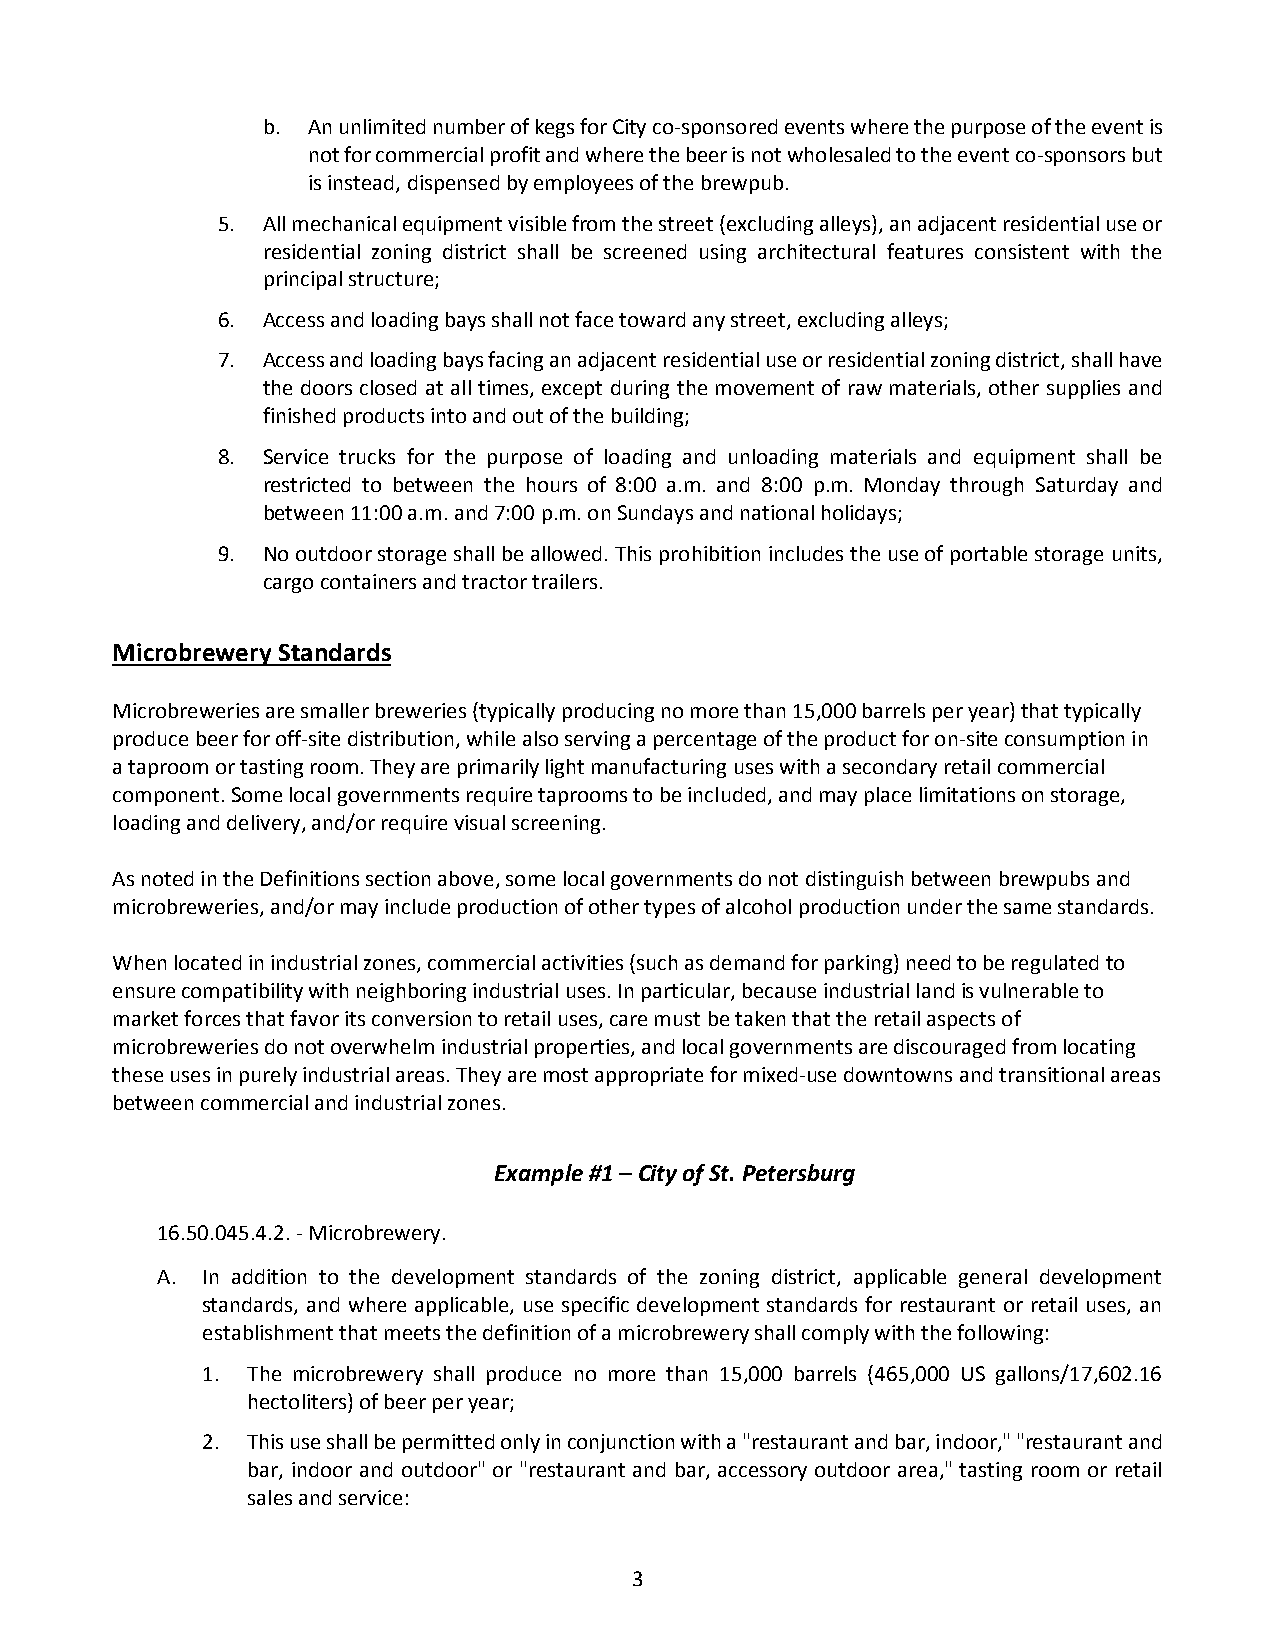
b. An unlimited number of kegs for City co-sponsored events where the purpose of the event is
 not for commercial profit and where the beer is not wholesaled to the event co-sponsors but
 is instead, dispensed by employees of the brewpub.
 5. All mechanical equipment visible from the street (excluding alleys), an adjacent residential use or
 residential zoning district shall be screened using architectural features consistent with the
 principal structure;
 6. Access and loading bays shall not face toward any street, excluding alleys;
 7. Access and loading bays facing an adjacent residential use or residential zoning district, shall have
 the doors closed at all times, except during the movement of raw materials, other supplies and
 finished products into and out of the building;
 8. Service trucks for the purpose of loading and unloading materials and equipment shall be
 restricted to between the hours of 8:00 a.m. and 8:00 p.m. Monday through Saturday and
 between 11:00 a.m. and 7:00 p.m. on Sundays and national holidays;
 9. No outdoor storage shall be allowed. This prohibition includes the use of portable storage units,
 cargo containers and tractor trailers.
 Microbrewery Standards
 Microbreweries are smaller breweries (typically producing no more than 15,000 barrels per year) that typically
 produce beer for off-site distribution, while also serving a percentage of the product for on-site consumption in
 a taproom or tasting room. They are primarily light manufacturing uses with a secondary retail commercial
 component. Some local governments require taprooms to be included, and may place limitations on storage,
 loading and delivery, and/or require visual screening.
 As noted in the Definitions section above, some local governments do not distinguish between brewpubs and
 microbreweries, and/or may include production of other types of alcohol production under the same standards.
 When located in industrial zones, commercial activities (such as demand for parking) need to be regulated to
 ensure compatibility with neighboring industrial uses. In particular, because industrial land is vulnerable to
 market forces that favor its conversion to retail uses, care must be taken that the retail aspects of
 microbreweries do not overwhelm industrial properties, and local governments are discouraged from locating
 these uses in purely industrial areas. They are most appropriate for mixed-use downtowns and transitional areas
 between commercial and industrial zones.
 Example #1 – City of St. Petersburg
 16.50.045.4.2. - Microbrewery.
 A. In addition to the development standards of the zoning district, applicable general development
 standards, and where applicable, use specific development standards for restaurant or retail uses, an
 establishment that meets the definition of a microbrewery shall comply with the following:
 1. The microbrewery shall produce no more than 15,000 barrels (465,000 US gallons/17,602.16
 hectoliters) of beer per year;
 2. This use shall be permitted only in conjunction with a "restaurant and bar, indoor," "restaurant and
 bar, indoor and outdoor" or "restaurant and bar, accessory outdoor area," tasting room or retail
 sales and service:
 3